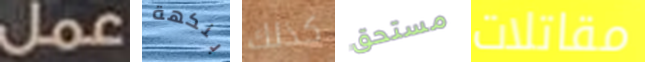
عمل بنكهة كذلك مستحق مقاتلات